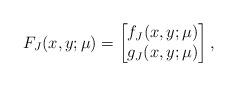
LaTeX: \begin{align*}F_J(x,y;\mu) = \begin{bmatrix} f_J(x,y;\mu) \\ g_J(x,y;\mu) \end{bmatrix},\end{align*}